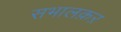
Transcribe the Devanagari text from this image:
सभालक़ऱ